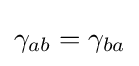
\gamma _{ab}=\gamma _{ba}